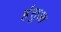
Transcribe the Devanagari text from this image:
हंसुआ